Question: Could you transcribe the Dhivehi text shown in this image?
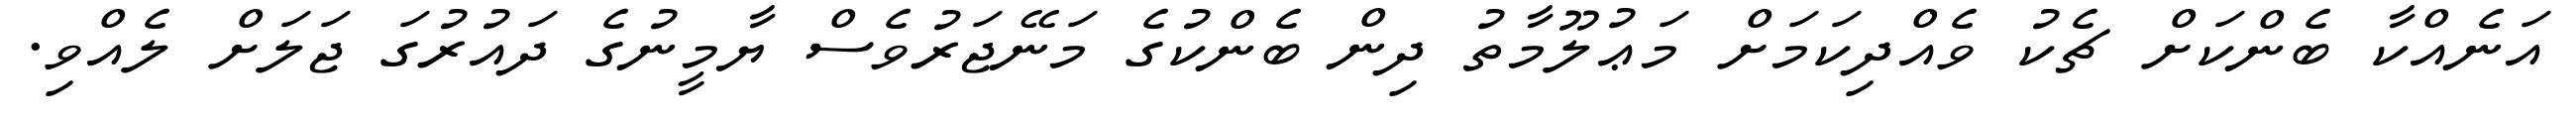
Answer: އަނެއްކާ ބެންކަށް ޗެކު ވެއްދިކަމަށް މަޢުލޫމާތު ދިން ބެންކުގެ މަނޭޖަރުވެސް ޔާމީނުގެ ދައުރުގަ ޖަލަށް ލެއްވި.